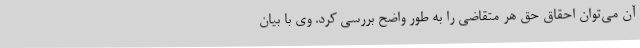
آن می‌توان احقاق حق هر متقاضی را به طور واضح بررسی کرد. وی با بیان